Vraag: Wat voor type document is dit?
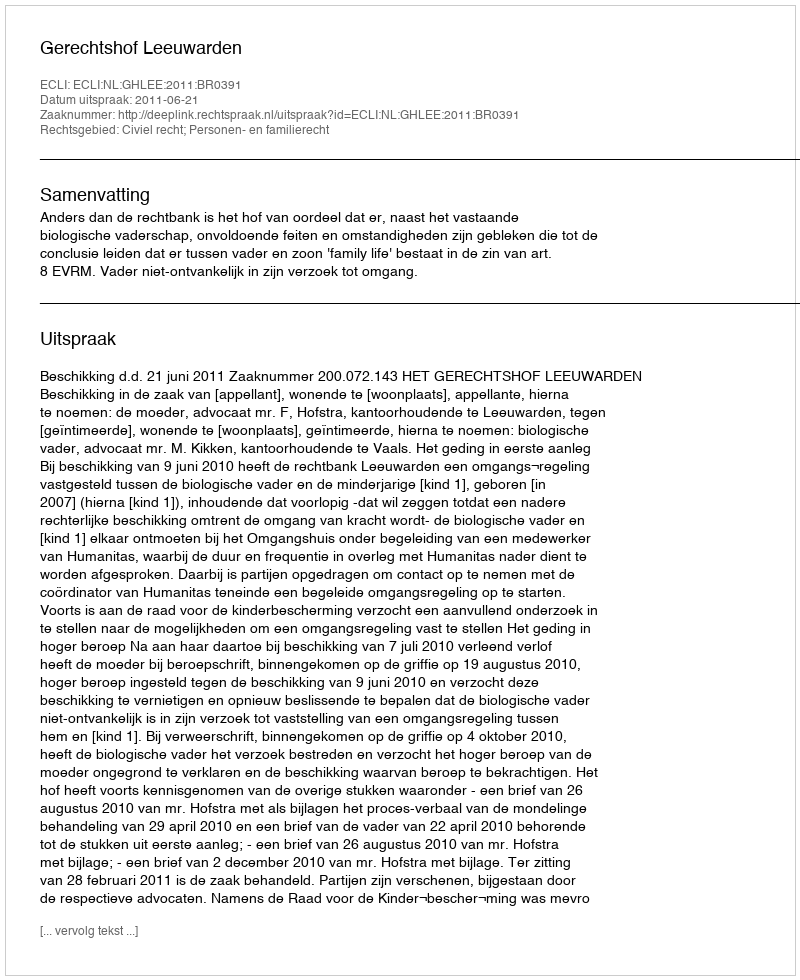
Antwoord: Uitspraak